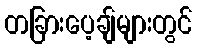
တခြားပေ့ချ်များတွင်